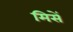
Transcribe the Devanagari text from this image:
मिसें